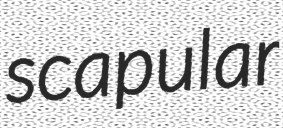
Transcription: scapular